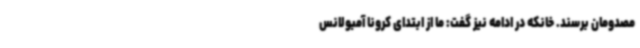
مصدومان برسند. خانکه در ادامه نیز گفت: ما از ابتدای کرونا آمبولانس